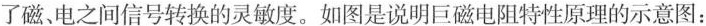
了磁、电之间信号转换的灵敏度。如图是说明巨磁电阻特性原理的示意图：